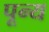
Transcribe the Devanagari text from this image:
पून्य